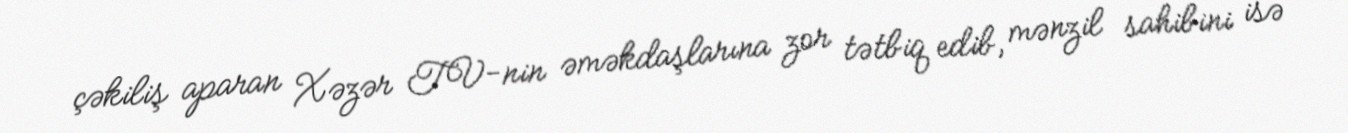
çəkiliş aparan Xəzər TV-nin əməkdaşlarına zor tətbiq edib, mənzil sahibini isə